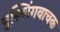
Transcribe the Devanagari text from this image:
पुल्लिंगवाचक